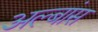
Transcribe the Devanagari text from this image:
अल्बांस